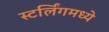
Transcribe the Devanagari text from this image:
स्टर्लिंगमध्ये